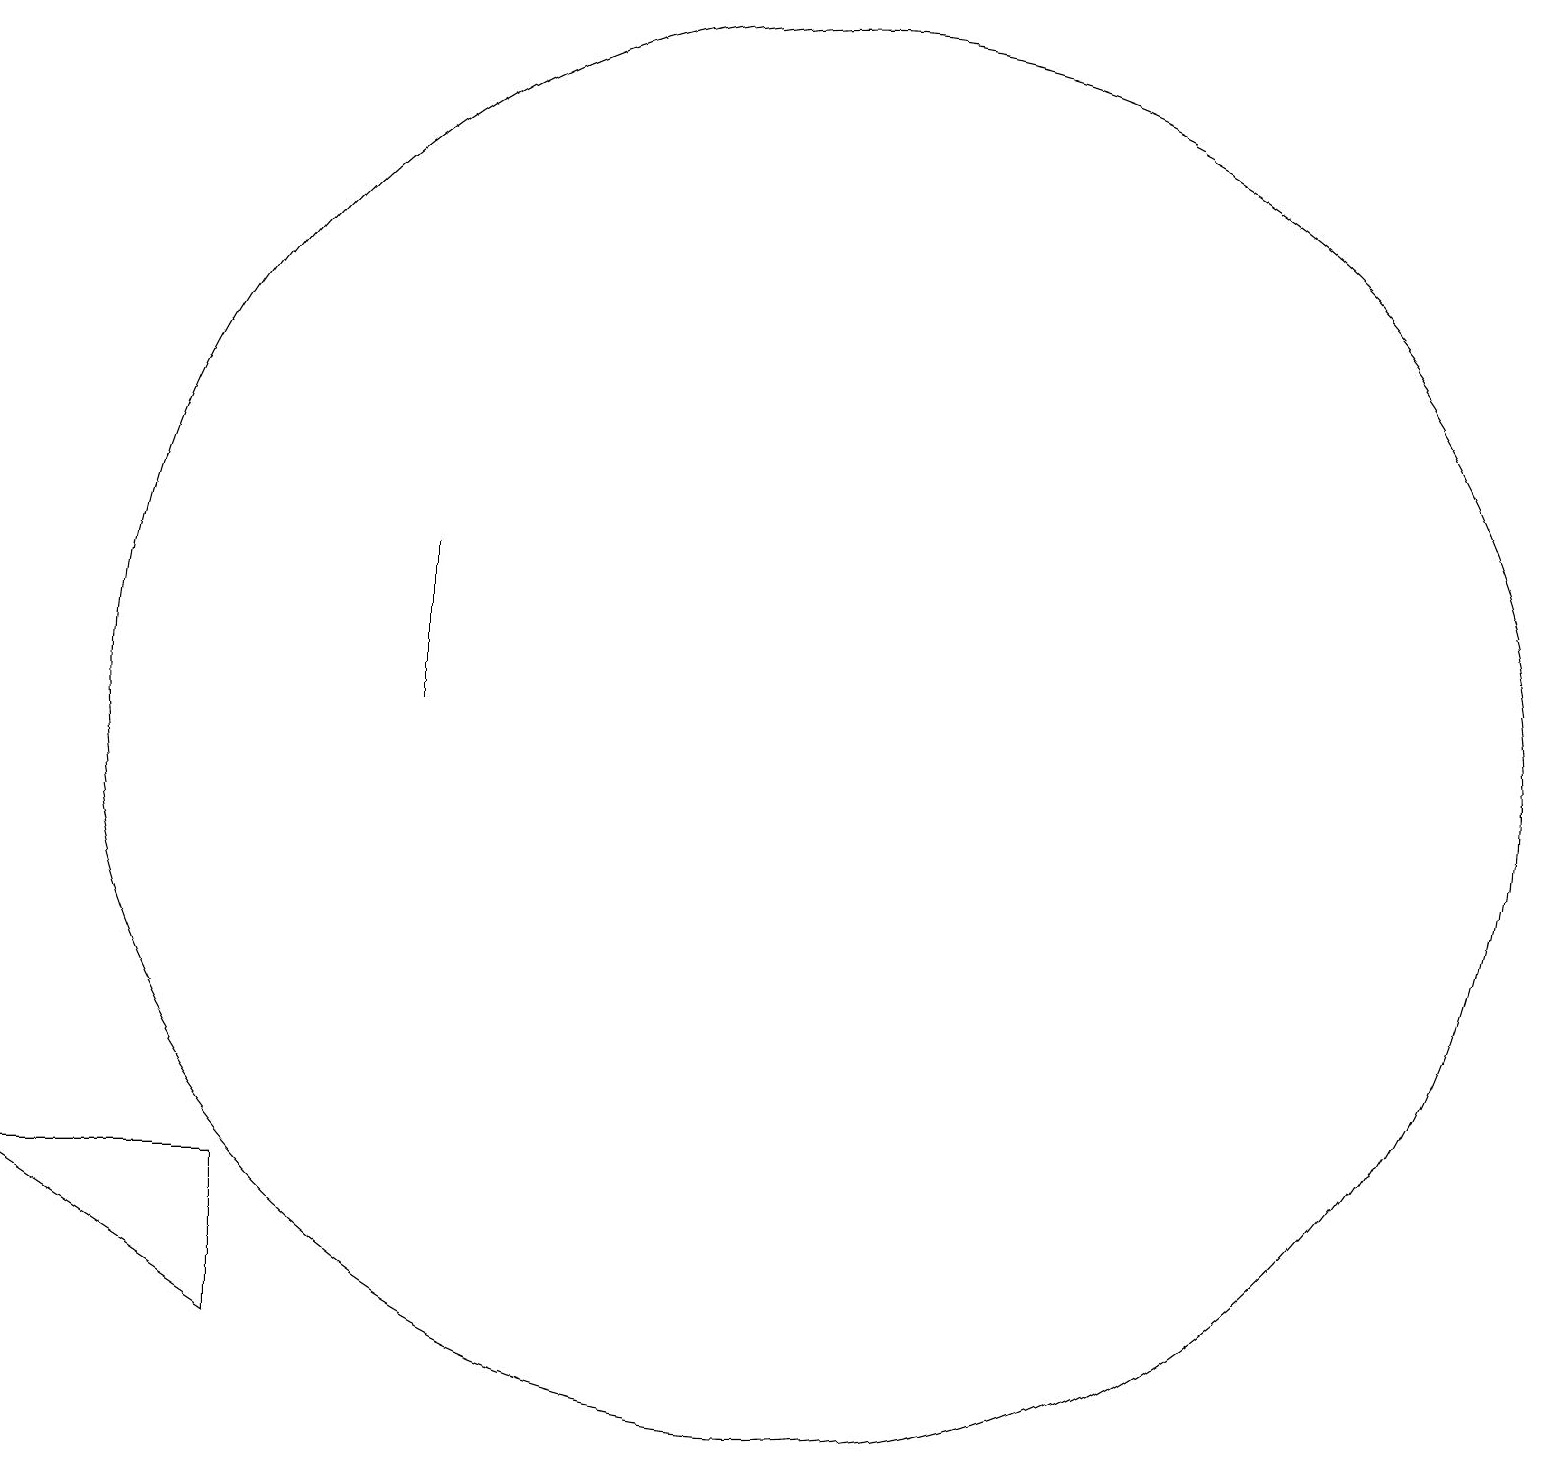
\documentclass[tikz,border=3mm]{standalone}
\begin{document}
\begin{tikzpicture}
\draw (10,11) circle (0);
\draw (10,10) circle (9);
\draw (5,12) rectangle (5,10);
\draw (3,4) -- (3,2) -- (0,4) -- cycle;
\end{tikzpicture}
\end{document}